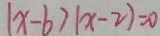
\vert x - b ) \vert x - 2 ) = 0